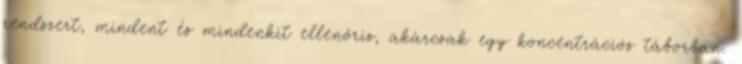
rendszert, mindent és mindenkit ellenőriz, akárcsak egy koncentrációs táborban.